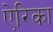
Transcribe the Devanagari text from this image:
ऐरिका